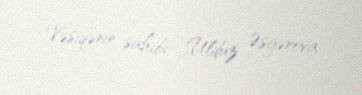
Vəsiqənin sahibi: Ulduz Əsgərova